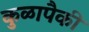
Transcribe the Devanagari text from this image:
कुळापैकी